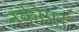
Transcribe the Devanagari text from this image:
नकीपुर